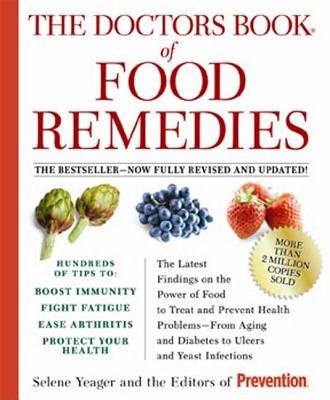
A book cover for The Doctors Book of Food Remedies( The Latest Findings on the Power of Food to Treat and Prevent Health Problems--From Aging and Diabetes to Ulcers an)[DRS BK OF FOOD REMEDIES RE][Paperback]; SeleneYeager; Health, Fitness & Dieting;